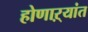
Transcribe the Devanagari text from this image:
होणाऱ्यांत